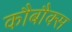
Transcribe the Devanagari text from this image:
कौबौक्स